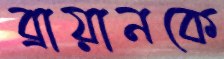
ব্রায়ানকে